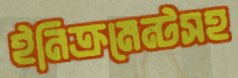
ইনিক্রমেন্টসহ